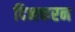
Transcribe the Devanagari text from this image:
दिनकरन